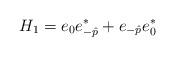
LaTeX: \begin{align*}H_1 = e_0 e_{-\hat{p}}^* + e_{-\hat{p}}e_0^*\end{align*}